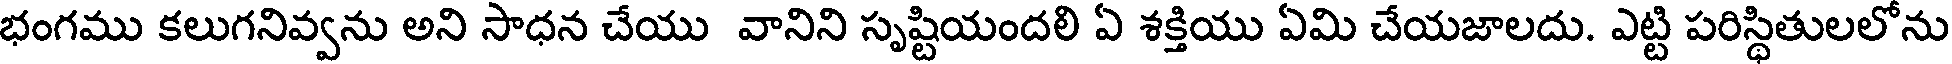
భంగము కలుగనివ్వను అని సాధన చేయు వానిని సృష్టియందలి ఏ శక్తియు ఏమి చేయజాలదు. ఎట్టి పరిస్థితులలోను